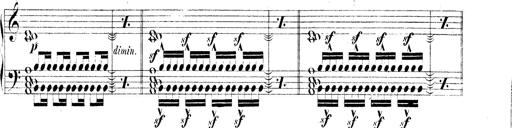
Title: Technische Studien
Composer: Franz Liszt